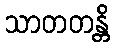
သာတတန္တိ